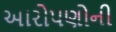
આરોપણોની